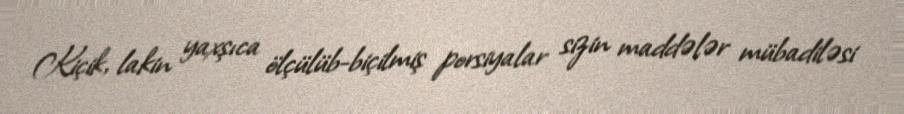
Kiçik, lakin yaxşıca ölçülüb-biçilmiş porsiyalar sizin maddələr mübadiləsi